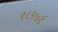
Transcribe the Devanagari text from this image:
१८९७ई